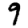
Digit: 9